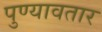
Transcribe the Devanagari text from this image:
पुण्यावतार